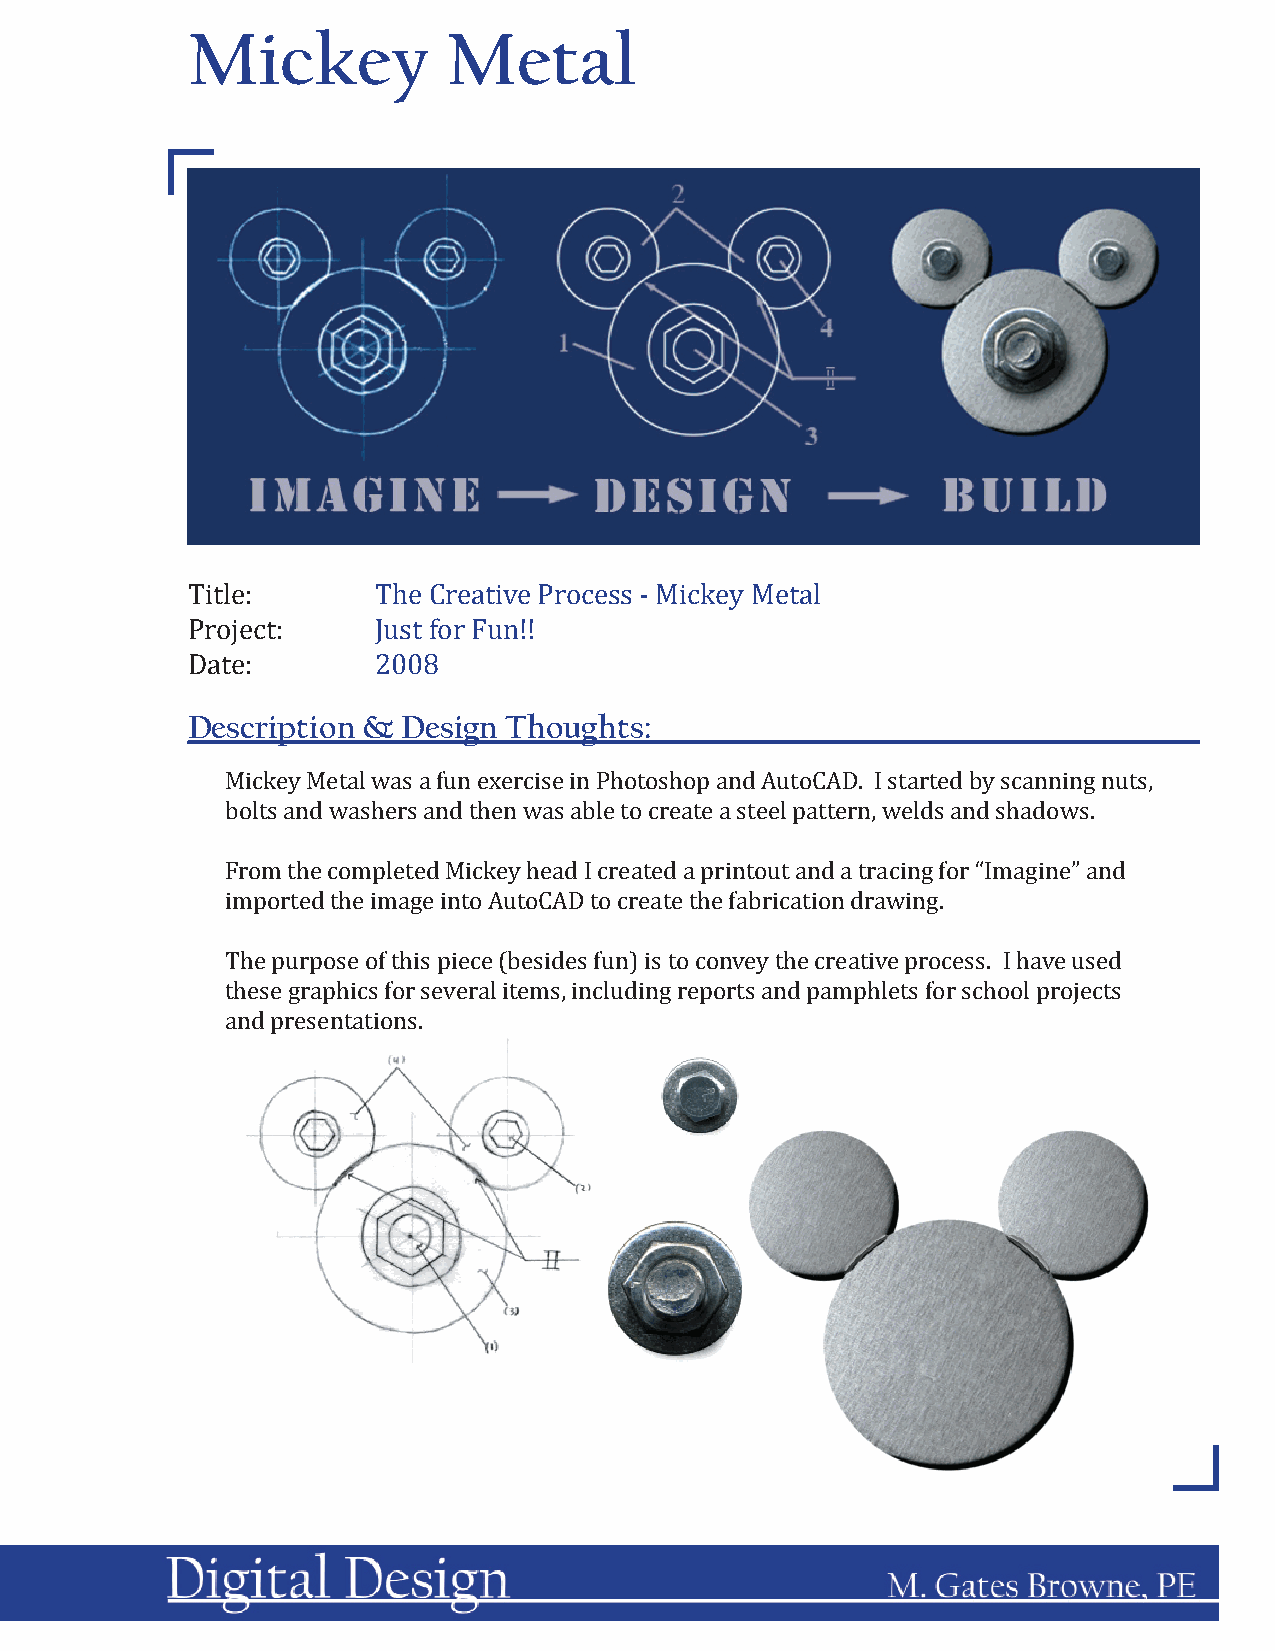
Mickey            Metal
 Title:       The Creative Process - Mickey Metal
 Project:     Just for Fun!!
 Date:        2008
 Description &  Design Thoughts:
 Mickey Metal was a fun exercise in Photoshop and AutoCAD. I started by scanning nuts,
 bolts and washers and then was able to create a steel pattern, welds and shadows.
 From the completed Mickey head I created a printout and a tracing for “Imagine” and
 imported the image into AutoCAD to create the fabrication drawing.
 The purpose of this piece (besides fun) is to convey the creative process. I have used
 these graphics for several items, including reports and pamphlets for school projects
 and presentations.